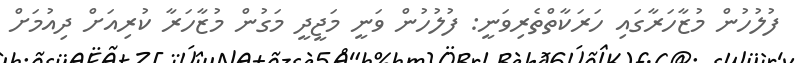
ފުލުހުން މުޒާހަރާގައި ހަރަކާތްތެރިވަނީ: ފުލުހުން ވަނީ މަޖީދީ މަގުން މުޒާހަރާ ކުރިއަށް ދިއުމަށް